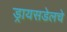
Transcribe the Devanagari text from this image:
ड्रायसडेलचे